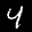
Label: 4